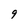
Character: 9